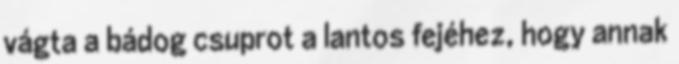
vágta a bádog csuprot a lantos fejéhez, hogy annak